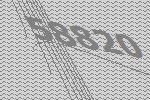
58820